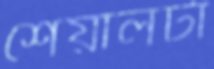
শেয়ালটা